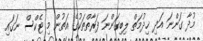
މުދާ ގަންނަ އަދި ޚިދުމަތް ލިބިގަންނަ ފަރާތްތަކުގެ އަތުން މި ޓެކްސް ނަގައި